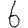
Digit: 6